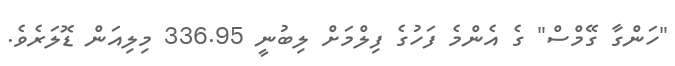
"ހަންގާ ގޭމްސް" ގެ އެންމެ ފަހުގެ ފިލްމަށް ލިބުނީ 336.95 މިލިއަން ޑޮލަރެވެ.